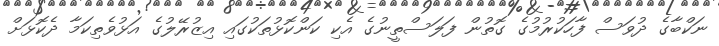
ނަކްބާގެ ދުވަސް ފާހަކުރުމުގެ ގޮތުން ފަލަސްތީނުގެ އެކި ކަންކޮޅުތަކުގައި އިޒުރޭލުގެ އަޅުވެތިކަމާ ދެކޮޅަށް